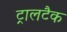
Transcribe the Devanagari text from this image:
ट्रालटैक